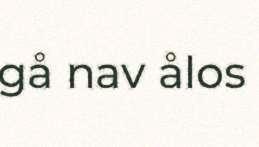
gå nav ålos